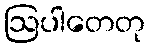
ဩပါတေတု